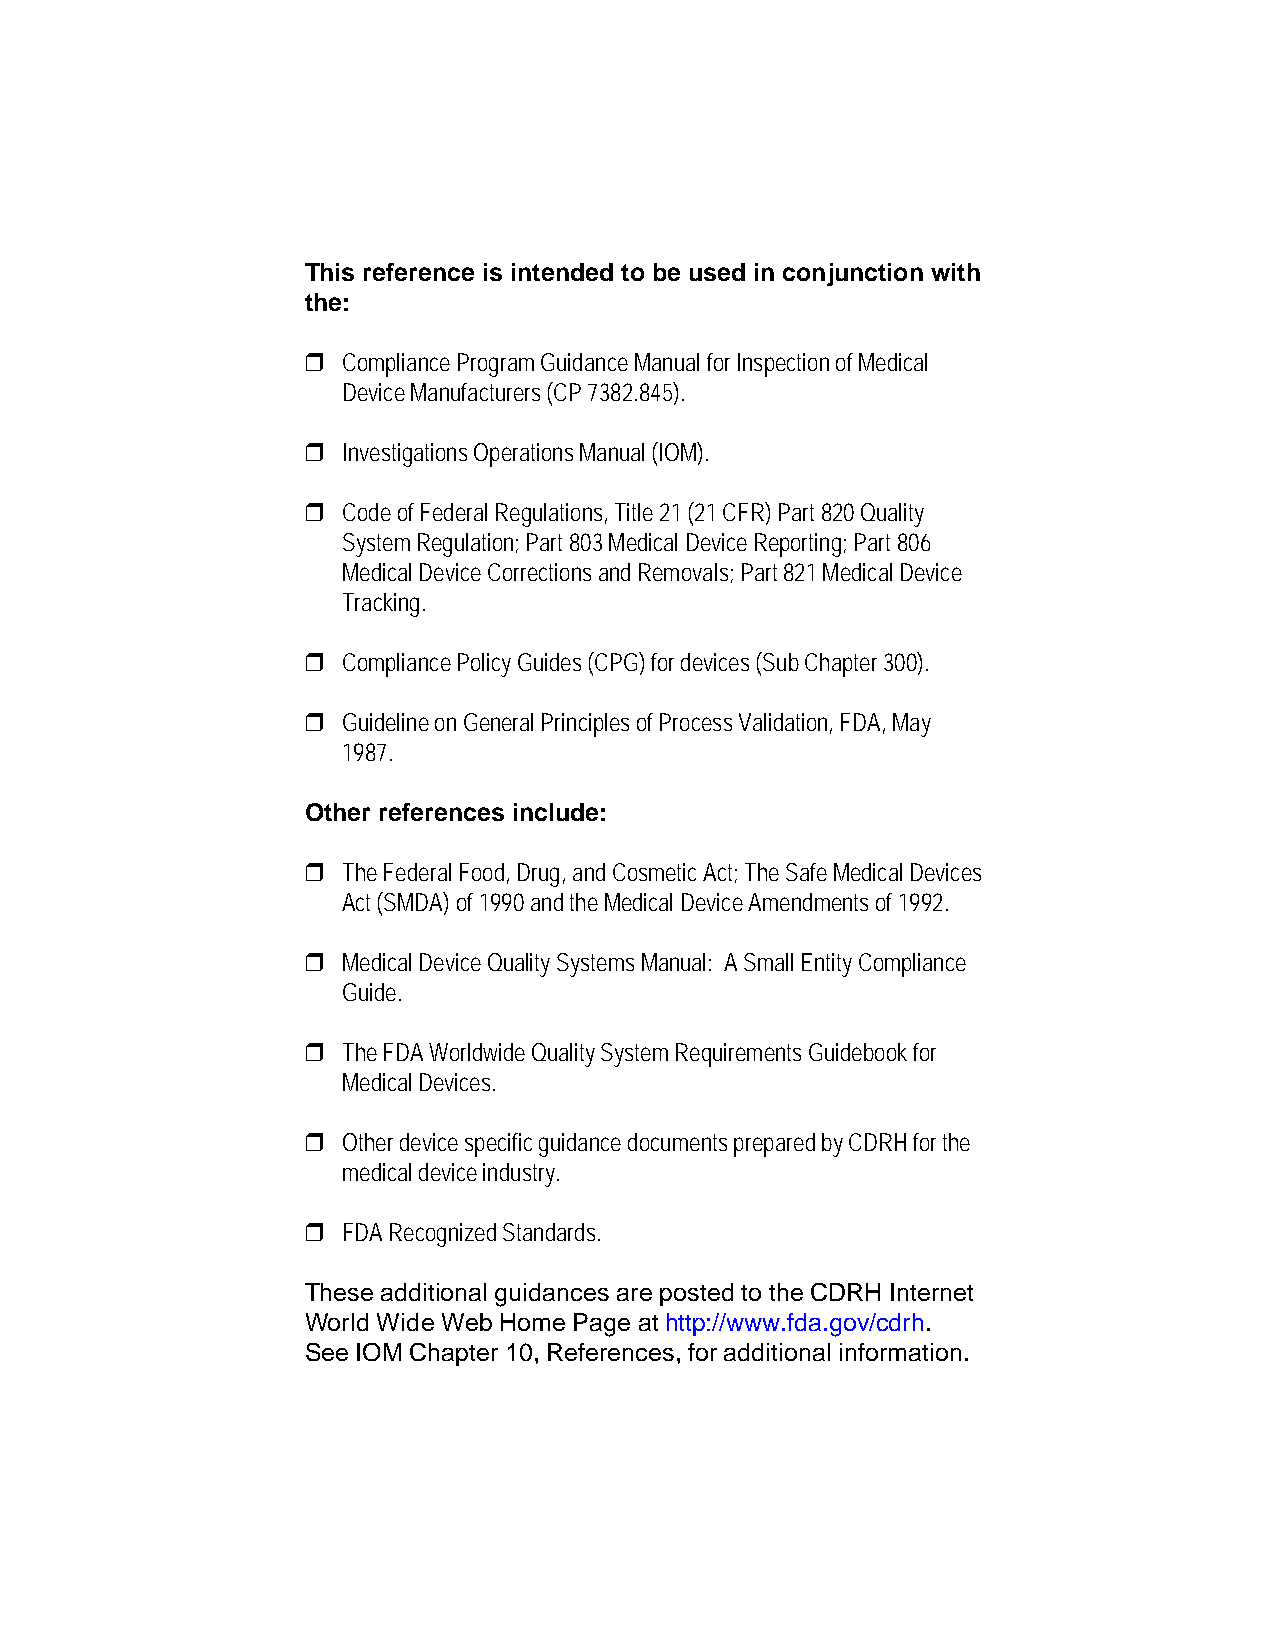
This reference is intended to be used in conjunction with
 the:
 r  Compliance Program Guidance Manual for Inspection of Medical
 Device Manufacturers (CP 7382.845).
 r  Investigations Operations Manual (IOM).
 r  Code of Federal Regulations, Title 21 (21 CFR) Part 820 Quality
 System Regulation; Part 803 Medical Device Reporting; Part 806
 Medical Device Corrections and Removals; Part 821 Medical Device
 Tracking.
 r  Compliance Policy Guides (CPG) for devices (Sub Chapter 300).
 r  Guideline on General Principles of Process Validation, FDA, May
 1987.
 Other references include:
 r  The Federal Food, Drug, and Cosmetic Act; The Safe Medical Devices
 Act (SMDA) of 1990 and the Medical Device Amendments of 1992.
 r  Medical Device Quality Systems Manual: A Small Entity Compliance
 Guide.
 r  The FDA Worldwide Quality System Requirements Guidebook for
 Medical Devices.
 r  Other device specific guidance documents prepared by CDRH for the
 medical device industry.
 r  FDA Recognized Standards.
 These additional guidances are posted to the CDRH Internet
 World Wide Web Home Pa6ge at http://www.fda.gov/cdrh.
 See IOM Chapter 10, References, for additional information.